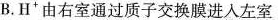
B.H^{+}由右室通过质子交换膜进入左室